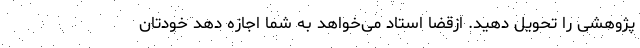
پژوهشی را تحویل دهید. ازقضا استاد می‌خواهد به شما اجازه دهد خودتان